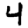
Digit: 4